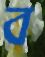
ব